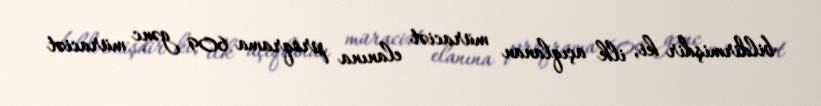
bildirmişdir ki, ilk açıqlanan müraciət elanına proqrama 609 gənc müraciət